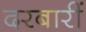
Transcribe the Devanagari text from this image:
दरबारीं